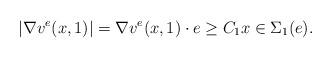
LaTeX: \begin{align*}|\nabla v^e(x,1)|= \nabla v^e(x,1) \cdot e \geq C_1 x\in\Sigma_1(e).\end{align*}